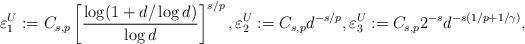
LaTeX: \begin{align*} \varepsilon_1^U := C_{s,p} \left[ \frac{\log(1+d/\log d)}{\log d}\right]^{s/p}, \varepsilon_2^U := C_{s,p} d^{-s/p}, \varepsilon_3^U := C_{s,p} 2^{-s} d^{-s(1/p+1/\gamma)}, \end{align*}